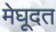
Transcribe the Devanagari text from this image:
मेघूदत